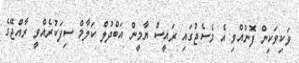
ވަކިވަކިން ފޮނުއްވި އެ މެސެޖުގައި ރައީސް ޔާމީން އަބްދުލް ކަލާމް ސިފަކުރެއްވީ ރާއްޖޭގެ